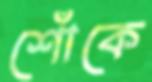
শোঁকে